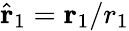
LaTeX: \hat{\textbf{r}}_{1}=\textbf{r}_{1}/{r}_{1}